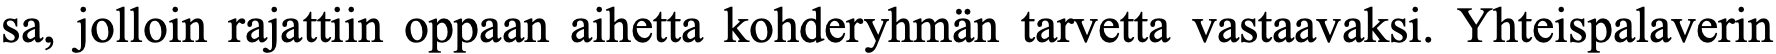
sa, jolloin rajattiin oppaan aihetta kohderyhmän tarvetta vastaavaksi. Yhteispalaverin